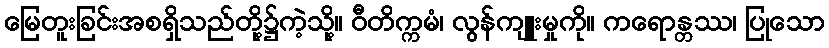
မြေတူးခြင်းအစရှိသည်တို့၌ကဲ့သို့။ ဝီတိက္ကမံ၊ လွန်ကျူးမှုကို။ ကရောန္တဿ၊ ပြုသော